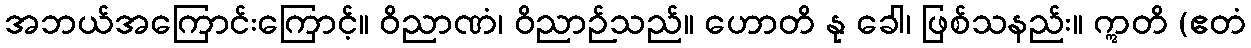
အဘယ်အကြောင်းကြောင့်။ ဝိညာဏံ၊ ဝိညာဉ်သည်။ ဟောတိ နု ခေါ၊ ဖြစ်သနည်း။ ဣတိ (ဧတံ